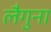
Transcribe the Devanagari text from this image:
लैगुना